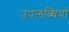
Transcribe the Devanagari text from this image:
उपलब्धियों